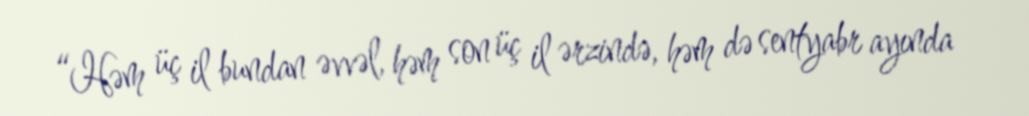
“Həm üç il bundan əvvəl, həm son üç il ərzində, həm də sentyabr ayında